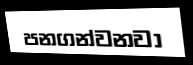
පනගන්වනවා